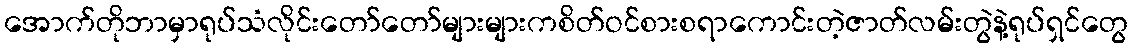
အောက်တိုဘာမှာရုပ်သံလိုင်းတော်တော်များများကစိတ်ဝင်စားစရာကောင်းတဲ့ဇာတ်လမ်းတွဲနဲ့ရုပ်ရှင်တွေ